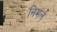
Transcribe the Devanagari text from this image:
निमर्ल